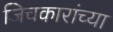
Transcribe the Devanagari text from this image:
जिचकारांच्या